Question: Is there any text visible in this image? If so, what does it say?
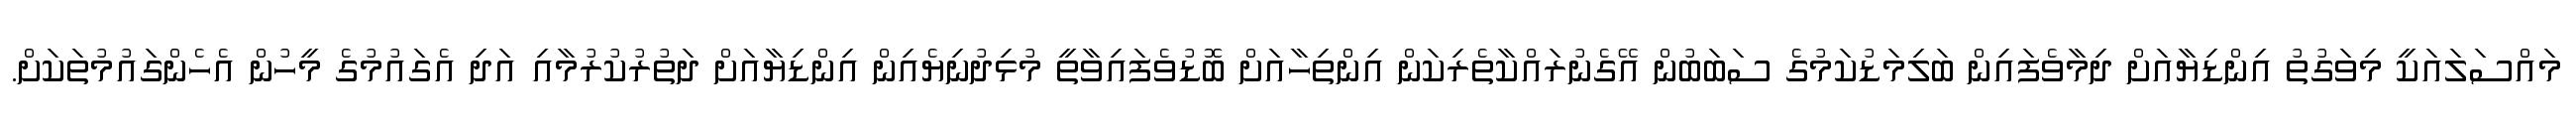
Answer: މައްސަލައަކީ މިވަގުތު އިންޑިޔާއަށް ދިމާވެފައިން ބަލިމަޑުކަމުގެ ސަބަބުން އޭގެނުރައްކާތެރިކަން އިންތިހާއަށް ބޮޑުވެފައިވާތީ މުޅިދުނިޔެއިން އިންޑިޔާއަށް ދަތުރުކުރުމާއި އަދި އެގައުމުގެ މީހުން އެހެންގައުމުތަކަށް.